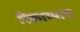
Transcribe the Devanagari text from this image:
रिकाम्याच